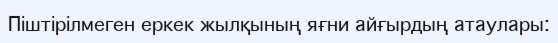
Піштірілмеген еркек жылқының яғни айғырдың атаулары: